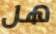
هل